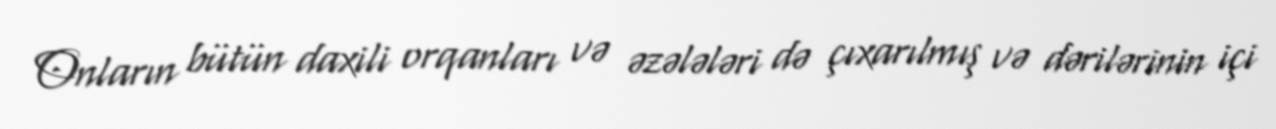
Onların bütün daxili orqanları və əzələləri də çıxarılmış və dərilərinin içi